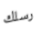
رسلك